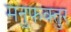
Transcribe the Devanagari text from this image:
मनुफक्तुर